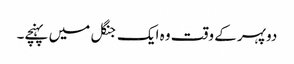
دوپہر کے وقت وہ ایک جنگل میں پہنچے۔